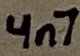
Text: 4n7